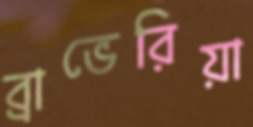
ব্রাভেরিয়া